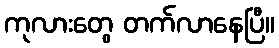
ကုလားတွေ တက်လာနေပြီ။